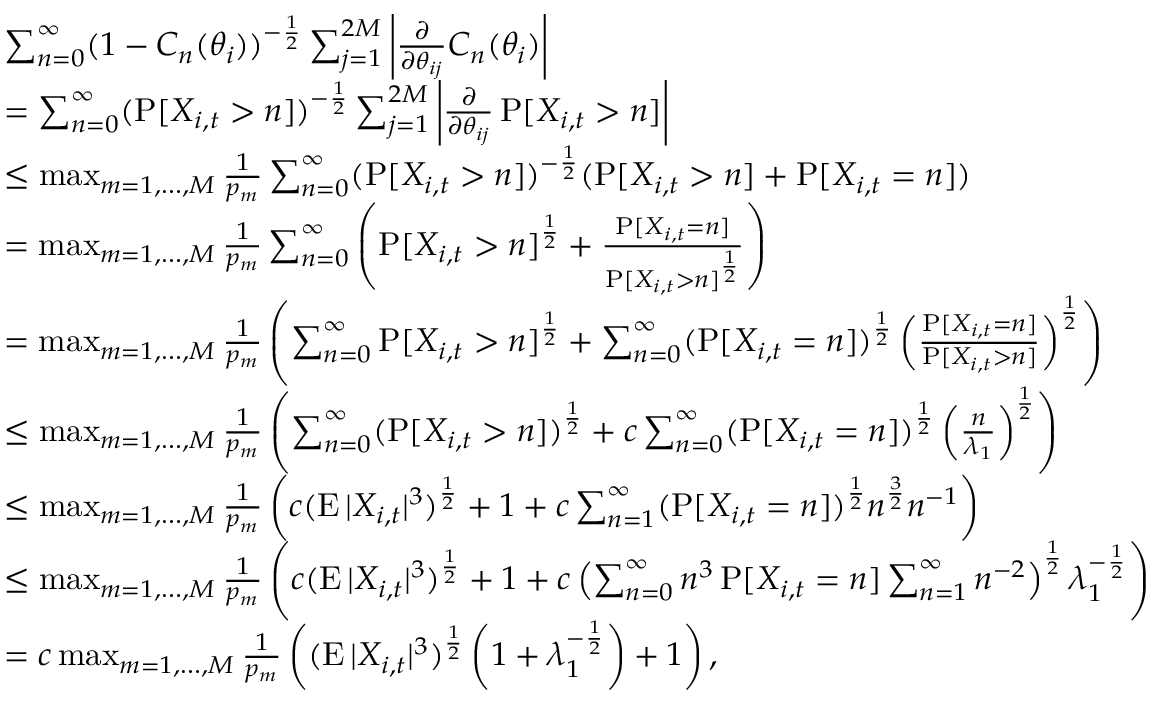
\begin{array} { r l } & { \sum _ { n = 0 } ^ { \infty } ( 1 - C _ { n } ( \theta _ { i } ) ) ^ { - \frac { 1 } { 2 } } \sum _ { j = 1 } ^ { 2 M } \left| \frac { \partial } { \partial \theta _ { i j } } C _ { n } ( \theta _ { i } ) \right| } \\ & { = \sum _ { n = 0 } ^ { \infty } ( \operatorname { P } [ X _ { i , t } > n ] ) ^ { - \frac { 1 } { 2 } } \sum _ { j = 1 } ^ { 2 M } \left| \frac { \partial } { \partial \theta _ { i j } } \operatorname { P } [ X _ { i , t } > n ] \right| } \\ & { \leq \operatorname* { m a x } _ { m = 1 , \dots , M } \frac { 1 } { p _ { m } } \sum _ { n = 0 } ^ { \infty } ( \operatorname { P } [ X _ { i , t } > n ] ) ^ { - \frac { 1 } { 2 } } ( \operatorname { P } [ X _ { i , t } > n ] + \operatorname { P } [ X _ { i , t } = n ] ) } \\ & { = \operatorname* { m a x } _ { m = 1 , \dots , M } \frac { 1 } { p _ { m } } \sum _ { n = 0 } ^ { \infty } \left( \operatorname { P } [ X _ { i , t } > n ] ^ { \frac { 1 } { 2 } } + \frac { \operatorname { P } [ X _ { i , t } = n ] } { \operatorname { P } [ X _ { i , t } > n ] ^ { \frac { 1 } { 2 } } } \right) } \\ & { = \operatorname* { m a x } _ { m = 1 , \dots , M } \frac { 1 } { p _ { m } } \left( \sum _ { n = 0 } ^ { \infty } \operatorname { P } [ X _ { i , t } > n ] ^ { \frac { 1 } { 2 } } + \sum _ { n = 0 } ^ { \infty } ( \operatorname { P } [ X _ { i , t } = n ] ) ^ { \frac { 1 } { 2 } } \left( \frac { \operatorname { P } [ X _ { i , t } = n ] } { \operatorname { P } [ X _ { i , t } > n ] } \right) ^ { \frac { 1 } { 2 } } \right) } \\ & { \leq \operatorname* { m a x } _ { m = 1 , \dots , M } \frac { 1 } { p _ { m } } \left( \sum _ { n = 0 } ^ { \infty } ( \operatorname { P } [ X _ { i , t } > n ] ) ^ { \frac { 1 } { 2 } } + c \sum _ { n = 0 } ^ { \infty } ( \operatorname { P } [ X _ { i , t } = n ] ) ^ { \frac { 1 } { 2 } } \left( \frac { n } { \lambda _ { 1 } } \right) ^ { \frac { 1 } { 2 } } \right) } \\ & { \leq \operatorname* { m a x } _ { m = 1 , \dots , M } \frac { 1 } { p _ { m } } \left( c ( \operatorname { E } | X _ { i , t } | ^ { 3 } ) ^ { \frac { 1 } { 2 } } + 1 + c \sum _ { n = 1 } ^ { \infty } ( \operatorname { P } [ X _ { i , t } = n ] ) ^ { \frac { 1 } { 2 } } n ^ { \frac { 3 } { 2 } } n ^ { - 1 } \right) } \\ & { \leq \operatorname* { m a x } _ { m = 1 , \dots , M } \frac { 1 } { p _ { m } } \left( c ( \operatorname { E } | X _ { i , t } | ^ { 3 } ) ^ { \frac { 1 } { 2 } } + 1 + c \left( \sum _ { n = 0 } ^ { \infty } n ^ { 3 } \operatorname { P } [ X _ { i , t } = n ] \sum _ { n = 1 } ^ { \infty } n ^ { - 2 } \right) ^ { \frac { 1 } { 2 } } \lambda _ { 1 } ^ { - \frac { 1 } { 2 } } \right) } \\ & { = c \operatorname* { m a x } _ { m = 1 , \dots , M } \frac { 1 } { p _ { m } } \left( ( \operatorname { E } | X _ { i , t } | ^ { 3 } ) ^ { \frac { 1 } { 2 } } \left( 1 + \lambda _ { 1 } ^ { - \frac { 1 } { 2 } } \right) + 1 \right) , } \end{array}